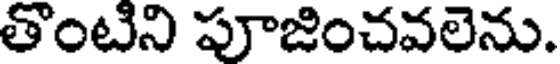
తొంటిని పూజించవలెను.